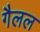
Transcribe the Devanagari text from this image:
गैलल